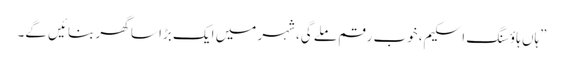
”ہاں ہاؤسنگ اسکیم،خوب رقم ملے گی،شہر میں ایک بڑا سا گھر بنائیں گے۔